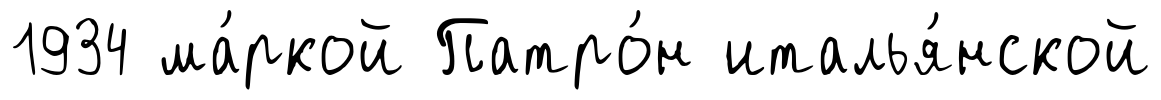
1934 ма́ркой Патро́н италья́нской